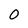
Character: 0